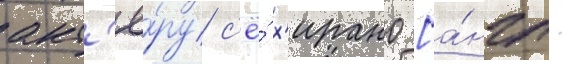
акт'ё́ру с'ё́ х'ирано [а́нгл.